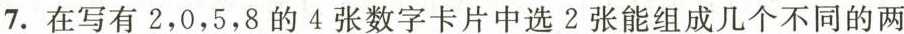
7.在写有2，0，5，8的4张数字卡片中选2张能组成几个不同的两